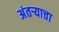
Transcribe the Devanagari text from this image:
अंतऱ्याचा